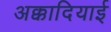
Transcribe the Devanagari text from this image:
अक्कादियाई